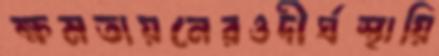
ক্ষমতায়নেরওদীর্ঘস্থায়ি